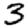
Digit: 3